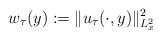
LaTeX: \begin{align*}w_\tau(y):=\|u_\tau(\cdot,y)\|_{L_x^2}^2\end{align*}